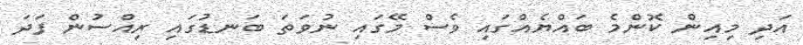
އަދި މިއިން ކޮންމެ ބައްޔެއްގައި ވެސް މޭގައި ނުވަތަ ބަނޑުގައި ރިއްސުން ފަދަ